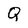
Character: Q